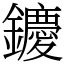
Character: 𨯙